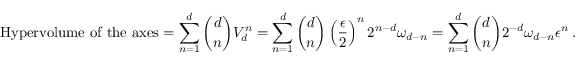
\mathrm { H y p e r v o l u m e ~ o f ~ t h e ~ a x e s } = \sum _ { n = 1 } ^ { d } { \binom { d } { n } V _ { d } ^ { n } } = \sum _ { n = 1 } ^ { d } { \binom { d } { n } \left( \frac { \epsilon } { 2 } \right) ^ { n } 2 ^ { n - d } \omega _ { d - n } } = \sum _ { n = 1 } ^ { d } { \binom { d } { n } 2 ^ { - d } \omega _ { d - n } \epsilon ^ { n } \, . }